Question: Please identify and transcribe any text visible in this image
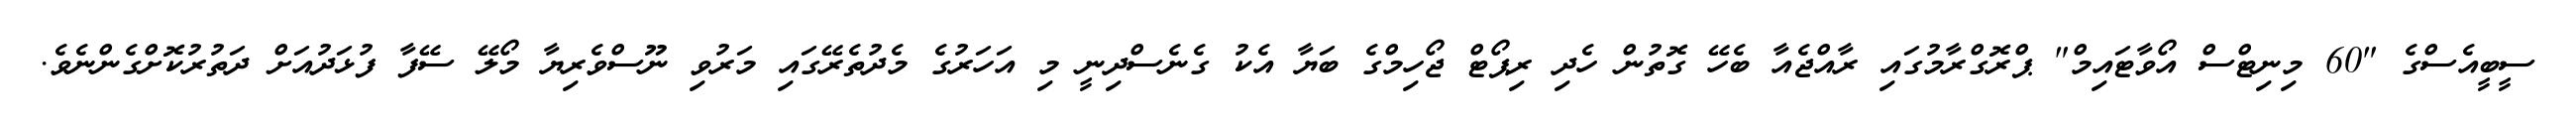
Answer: ސީބީއެސްގެ "60 މިނިޓްސް އޯވާޓައިމް" ޕްރޮގްރާމުގައި ރާއްޖެއާ ބެހޭ ގޮތުން ހެދި ރިޕޯޓް ޖޯހިމްގެ ބަޔާ އެކު ގެނެސްދިނީ މި އަހަރުގެ މެދުތެރޭގައި މަރުވި ނޫސްވެރިޔާ މޯލޭ ސޭފާ ފުޅަދުއަށް ދަތުރުކޮށްގެންނެވެ.